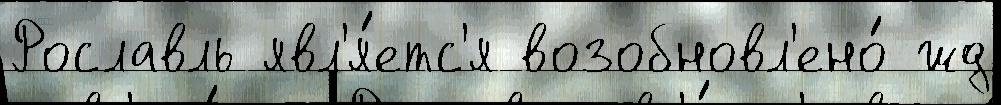
Рославль явл'я́етс'я возобновл'ено́ жд